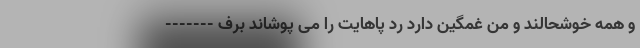
و همه خوشحالند و من غمگین دارد رد پاهایت را می پوشاند برف -------